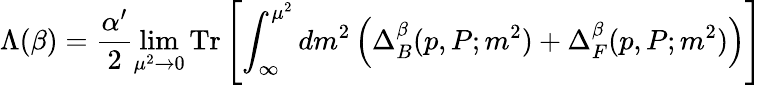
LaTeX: \Lambda(\beta)=\frac{\alpha^{\prime}}{2}\operatorname*{lim}_{\mu^{2}\rightarrow 0}\mathrm{Tr}\left[\int_{\infty}^{\mu^{2}}dm^{2}\left(\Delta_{B}^{\beta}(p,P;m^{2})+\Delta_{F}^{\beta}(p,P;m^{2})\right)\right]